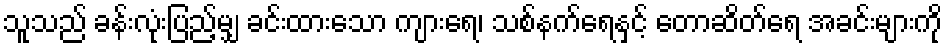
သူသည် ခန်းလုံးပြည့်မျှ ခင်းထားသော ကျားရေ၊ သစ်နက်ရေနှင့် တောဆိတ်ရေ အခင်းများကို